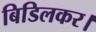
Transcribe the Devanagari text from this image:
बिडिलकर।